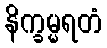
နိက္ခမ္မရတံ